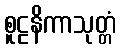
စူဠနိကာသုတ္တံ